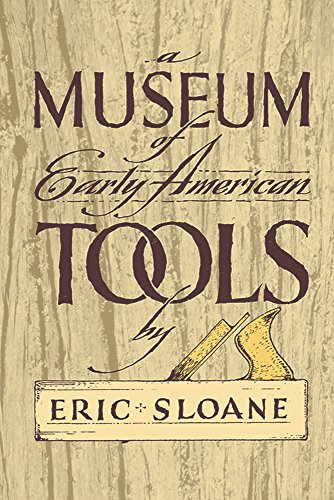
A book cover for A Museum of Early American Tools (Americana); Eric Sloane; Humor & Entertainment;